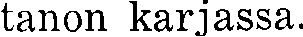
tanon karjassa.